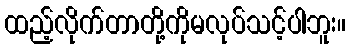
ထည့်လိုက်တာတို့ကိုမလုပ်သင့်ပါဘူး။